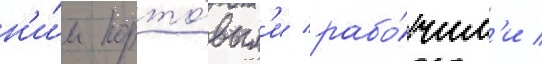
н'и́м порто́вым'и рабо́чим'и /